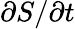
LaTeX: \partial S/\partial t